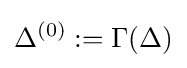
\Delta ^{(0)}:=\Gamma (\Delta )